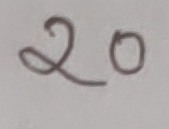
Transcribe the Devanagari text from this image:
२०